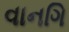
વાનગિ